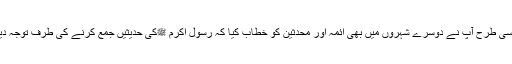
‘‘اسی طرح آپ نے دوسرے شہروں میں بھی ائمہ اور محدثین کو خطاب کیا کہ رسول اکرم ﷺکی حدیثیں جمع کرنے کی طرف توجہ دیں۔